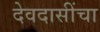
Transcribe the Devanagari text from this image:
देवदासींचा